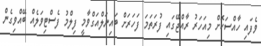
ވެފައި ހާއްސަކޮށް މިއަހަރު ރާއްޖޭގައި ފުރަތަމަ ފަހަރަށް ބައިނަލްއަގްވާމީ ފިލްމު ފެސްޓިވަލެއް ބޭއްވިގެން